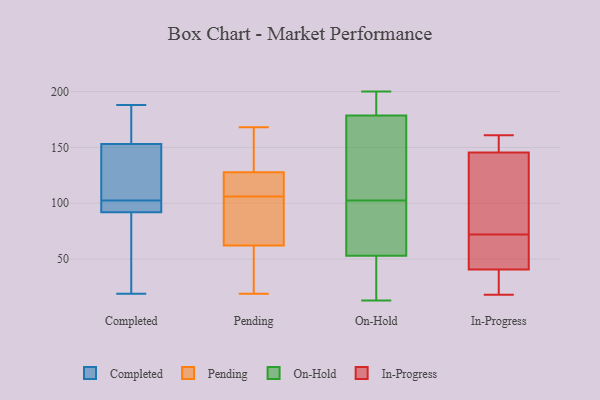
{"axis": {"x": "Bounce Rate (%)", "y": "Value"}, "legend": ["Completed", "In-Progress", "On-Hold", "Pending"], "data": [{"x": "", "y": 99, "type": "Completed"}, {"x": "", "y": 65, "type": "Completed"}, {"x": "", "y": 177, "type": "Completed"}, {"x": "", "y": 106, "type": "Completed"}, {"x": "", "y": 95, "type": "Completed"}, {"x": "", "y": 188, "type": "Completed"}, {"x": "", "y": 116, "type": "Completed"}, {"x": "", "y": 93, "type": "Completed"}, {"x": "", "y": 186, "type": "Completed"}, {"x": "", "y": 144, "type": "Completed"}, {"x": "", "y": 19, "type": "Completed"}, {"x": "", "y": 92, "type": "Completed"}, {"x": "", "y": 84, "type": "Completed"}, {"x": "", "y": 153, "type": "Completed"}, {"x": "", "y": 21, "type": "Pending"}, {"x": "", "y": 142, "type": "Pending"}, {"x": "", "y": 106, "type": "Pending"}, {"x": "", "y": 168, "type": "Pending"}, {"x": "", "y": 47, "type": "Pending"}, {"x": "", "y": 69, "type": "Pending"}, {"x": "", "y": 123, "type": "Pending"}, {"x": "", "y": 107, "type": "Pending"}, {"x": "", "y": 106, "type": "Pending"}, {"x": "", "y": 67, "type": "Pending"}, {"x": "", "y": 149, "type": "Pending"}, {"x": "", "y": 48, "type": "Pending"}, {"x": "", "y": 108, "type": "Pending"}, {"x": "", "y": 144, "type": "Pending"}, {"x": "", "y": 19, "type": "Pending"}, {"x": "", "y": 104, "type": "Pending"}, {"x": "", "y": 102, "type": "Pending"}, {"x": "", "y": 195, "type": "On-Hold"}, {"x": "", "y": 13, "type": "On-Hold"}, {"x": "", "y": 56, "type": "On-Hold"}, {"x": "", "y": 82, "type": "On-Hold"}, {"x": "", "y": 188, "type": "On-Hold"}, {"x": "", "y": 47, "type": "On-Hold"}, {"x": "", "y": 72, "type": "On-Hold"}, {"x": "", "y": 195, "type": "On-Hold"}, {"x": "", "y": 40, "type": "On-Hold"}, {"x": "", "y": 63, "type": "On-Hold"}, {"x": "", "y": 123, "type": "On-Hold"}, {"x": "", "y": 169, "type": "On-Hold"}, {"x": "", "y": 138, "type": "On-Hold"}, {"x": "", "y": 190, "type": "On-Hold"}, {"x": "", "y": 136, "type": "On-Hold"}, {"x": "", "y": 141, "type": "On-Hold"}, {"x": "", "y": 50, "type": "On-Hold"}, {"x": "", "y": 200, "type": "On-Hold"}, {"x": "", "y": 80, "type": "On-Hold"}, {"x": "", "y": 47, "type": "On-Hold"}, {"x": "", "y": 72, "type": "In-Progress"}, {"x": "", "y": 18, "type": "In-Progress"}, {"x": "", "y": 161, "type": "In-Progress"}, {"x": "", "y": 141, "type": "In-Progress"}, {"x": "", "y": 93, "type": "In-Progress"}, {"x": "", "y": 159, "type": "In-Progress"}, {"x": "", "y": 55, "type": "In-Progress"}, {"x": "", "y": 40, "type": "In-Progress"}, {"x": "", "y": 41, "type": "In-Progress"}, {"x": "", "y": 44, "type": "In-Progress"}, {"x": "", "y": 160, "type": "In-Progress"}, {"x": "", "y": 79, "type": "In-Progress"}, {"x": "", "y": 28, "type": "In-Progress"}]}